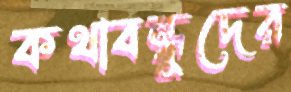
কথাবন্ধুদের